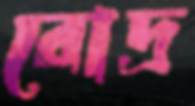
রোদ্র